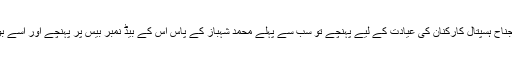
23 جون کو جب شیخ الاسلام کینیڈا سے سیدھے جناح ہسپتال کارکنان کی عیادت کے لیے پہنچے تو سب سے پہلے محمد شہباز کے پاس اس کے بیڈ نمبر بیس پر پہنچے اور اسے بوسہ دیا اور اس کی صحت و سلامتی کی دعا کی۔